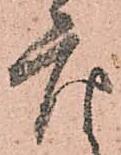
座